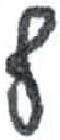
אות: ף